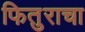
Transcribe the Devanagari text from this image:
फितुराचा